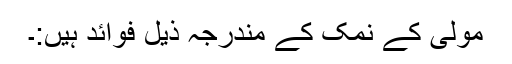
مولی کے نمک کے مندرجہ ذیل فوائد ہیں:۔